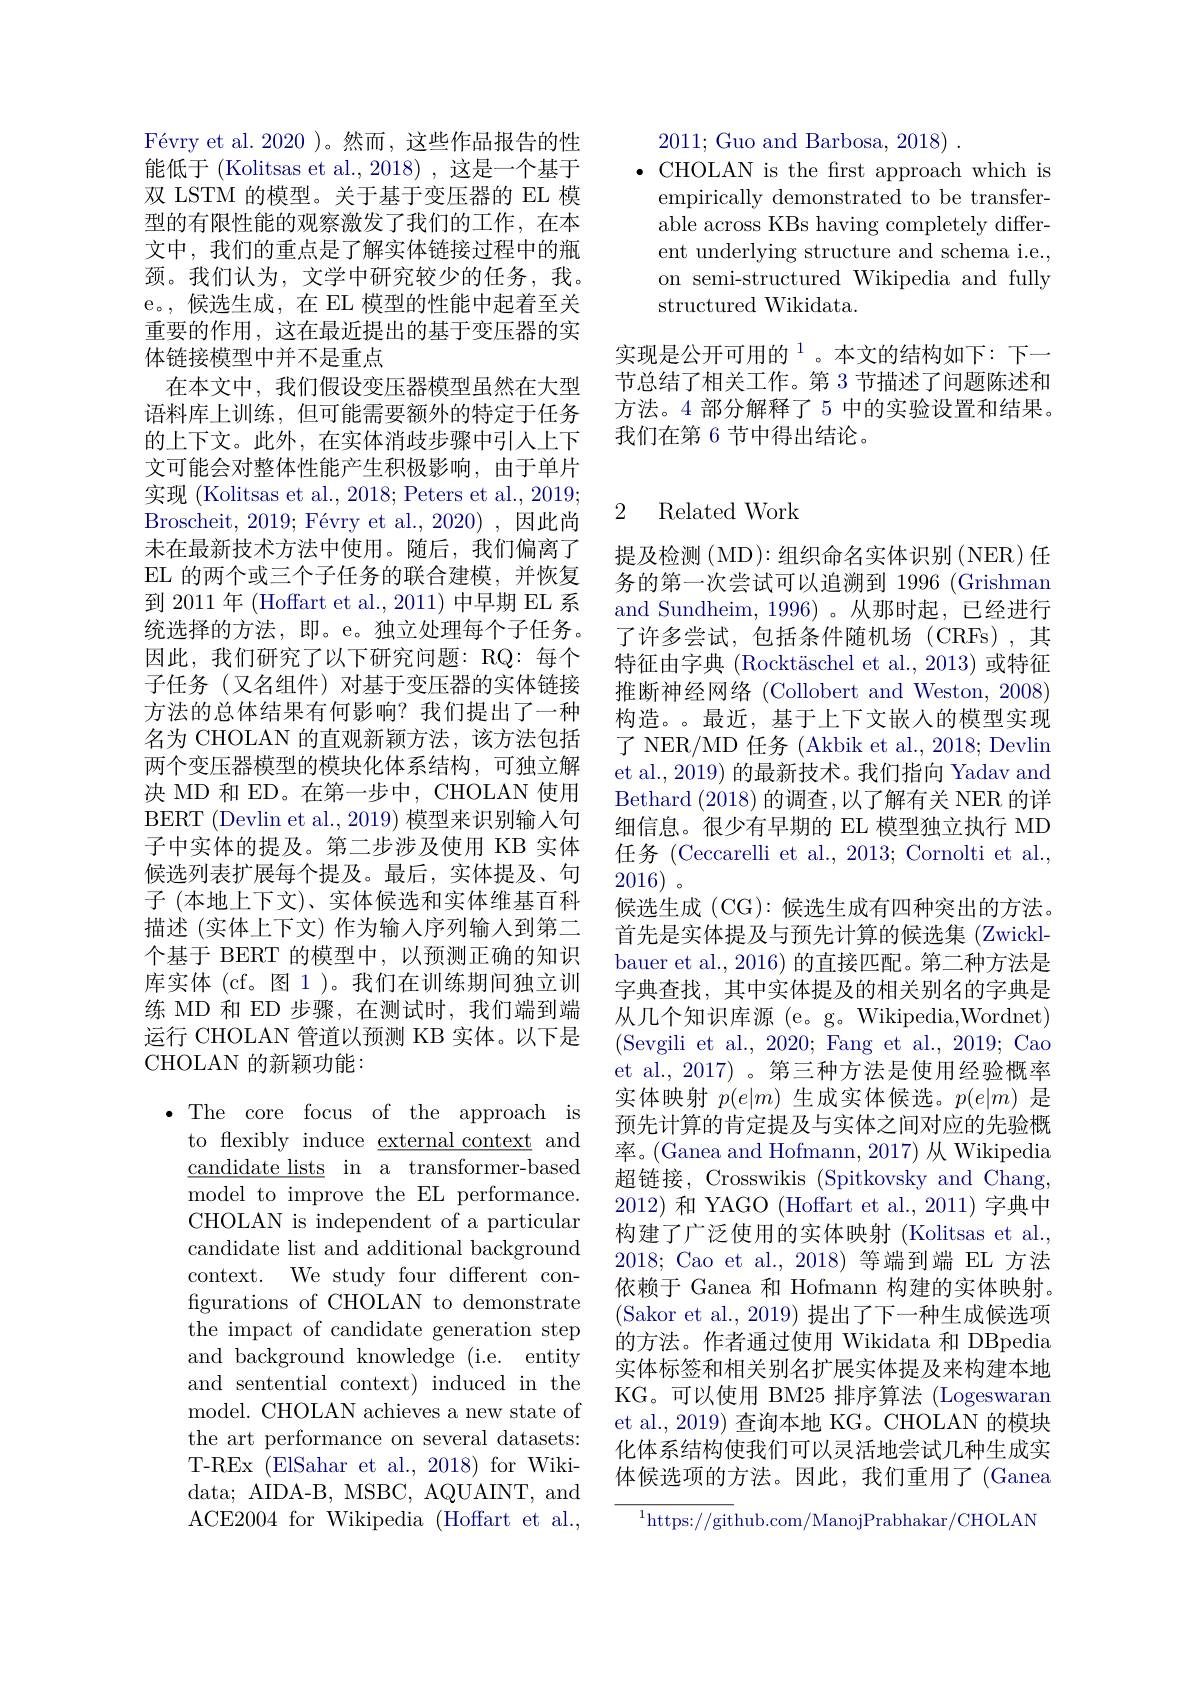
2011; Guo and Barbosa, 2018) .
$\bullet$ CHOLAN is the frst approach which is
empirically demonstrated to be transferable across KBs having completely different underlying structure and schema i.e., on semi-structured Wikipedia and fully structured Wikidata.

实现是公开可用的$^{1}$。本文的结构如下：下一节总结了相关工作。第 3 节描述了问题陈述和方法。4 部分解释了 5 中的实验设置和结果。我们在第 6 节中得出结论。

$\text{F\' {e}vryetal. 2020) 。然 而 , 这 些 作 品 报 告 的 性 }$ 能低于(Kolitsas et al., 2018) , 这是一个基于双 LSTM 的模型。关于基于变压器的 EL 模型的有限性能的观察激发了我们的工作，在本文中，我们的重点是了解实体链接过程中的瓶颈。我们认为，文学中研究较少的任务，我。e。,候选生成，在 EL 模型的性能中起着至关重要的作用，这在最近提出的基于变压器的实体链接模型中并不是重点
在本文中，我们假设变压器模型虽然在大型语料库上训练，但可能需要额外的特定于任务的上下文。此外，在实体消歧步骤中引人上下文可能会对整体性能产生积极影响，由于单片实现 (Kolitsas et al., 2018; Peters et al., 2019; Broscheit, $2019; \text{F\' {e}vryetal. , 2020) , 因 此 尚 }$ 未在最新技术方法中使用。随后，我们偏离了EL 的两个或三个子任务的联合建模，并恢复到 2011 年 (Hoffart et al., 2011) 中早期 EL 系统选择的方法，即。e。独立处理每个子任务。因此，我们研究了以下研究问题：RQ:每个子任务(又名组件)对基于变压器的实体链接方法的总体结果有何影响？我们提出了一种名为 CHOLAN 的直观新颖方法，该方法包括两个变压器模型的模块化体系结构，可独立解决 MD 和 ED。在第一步中，CHOLAN 使用BERT (Devlin et al., 2019) 模型来识别输入句子中实体的提及。第二步涉及使用 KB 实体候选列表扩展每个提及。最后，实体提及、句子 (本地上下文)、实体候选和实体维基百科描述(实体上下文) 作为输入序列输入到第二个基于 BERT 的模型中，以预测正确的知识库实体 (cf。图 1 )。我们在训练期间独立训练 MD 和 ED 步骤，在测试时，我们端到端运行 CHOLAN 管道以预测 KB 实体。以下是CHOLAN 的新颖功能：

$\bullet$The core focus of the approach is
to flexibly induce external context and $\underline {\text{candidate lists}}$ in a transformer-based model to improve the EL performance. CHOLAN is independent of a particular candidate list and additional background context. We study four different configurations of CHOLAN to demonstrate the impact of candidate generation step and background knowledge (i.e. entity and sentential context) induced in the model. CHOLAN achieves a new state of the art performance on several datasets: T-REx (ElSahar et al., 2018) for Wikidata; AIDA-B, MSBC, AQUAINT, and ACE2004 for Wikipedia (Hoffart et al.,

## 2 Related Work

提及检测 (MD):组织命名实体识别 (NER) 任务的第一次尝试可以追溯到 1996 (Grishman and Sundheim, 1996)。从那时起，已经进行了许多尝试，包括条件随机场(CRFs),其特征由字典 (Rocktäschel et al., 2013) 或特征推断神经网络 (Collobert and Weston, 2008) 构造。。最近，基于上下文嵌人的模型实现了 NER/MD 任务 (Akbik et al., 2018; Devlin et al., 2019) 的最新技术。我们指向 Yadav and $\operatorname{Bethard}(2018)$ 的调查，以了解有关 NER 的详细信息。很少有早期的 EL 模型独立执行 MD 任务(Ceccarelli et al.,2013; Cornolti et al. 2016)。
候选生成 (CG): 候选生成有四种突出的方法。首先是实体提及与预先计算的候选集 (Zwicklbauer et al., 2016) 的直接匹配。第二种方法是字典查找，其中实体提及的相关别名的字典是从几个知识库源 (e。g。Wikipedia,Wordnet) (Sevgili et al., 2020; Fang et al., 2019; Cao et al., 2017) 。第三种方法是使用经验概率实体映射$p(e|m)$生成实体候选。$p(e|m)$是预先计算的肯定提及与实体之间对应的先验概率。(Ganea and Hofmann, 2017) 从 Wikipedia 超链接，Crosswikis (Spitkovsky and Chang, 2012)和 YAGO (Hoffart et al., 2011) 字典中构建了广泛使用的实体映射 (Kolitsas et al., 2018; Cao et al.,2018)等端到端 EL 方法依赖于 Ganea 和 Hofmann 构建的实体映射。(Sakor et al., 2019) 提出了下一种生成候选项的方法。作者通过使用 Wikidata 和 DBpedia 实体标签和相关别名扩展实体提及来构建本地KG。可以使用 BM25 排序算法 (Logeswaran et al., 2019) 查询本地 KG。CHOLAN 的模块化体系结构使我们可以灵活地尝试几种生成实体候选项的方法。因此，我们重用了(Ganea
$^{1}$https://github.com/ManojPrabhakar/CHOLAN